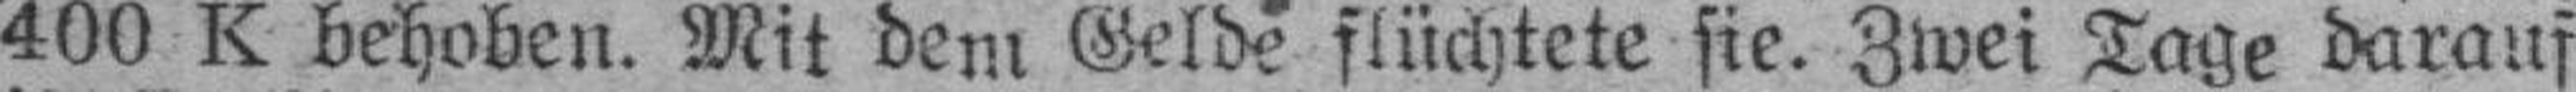
400 K behoben. Mit dem Gelde flüchtete sie. Zwei Tage darauf